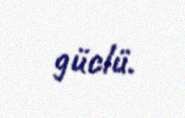
güclü.